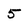
Character: 5